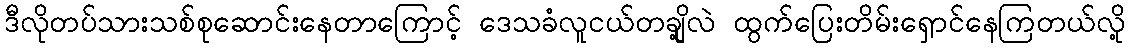
ဒီလိုတပ်သားသစ်စုဆောင်းနေတာကြောင့် ဒေသခံလူငယ်တချို့လဲ ထွက်ပြေးတိမ်းရှောင်နေကြတယ်လို့